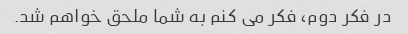
در فکر دوم، فکر می کنم به شما ملحق خواهم شد.